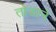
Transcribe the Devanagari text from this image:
तोडाने